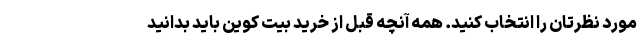
مورد نظرتان را انتخاب کنید. همه آنچه قبل از خرید بیت کوین باید بدانید